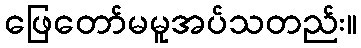
ဖြေတော်မမူအပ်သတည်း။